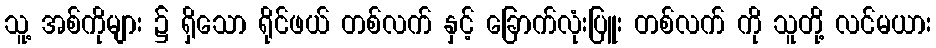
သူ့ အစ်ကိုများ ၌ ရှိသော ရိုင်ဖယ် တစ်လက် နှင့် ခြောက်လုံးပြူး တစ်လက် ကို သူတို့ လင်မယား